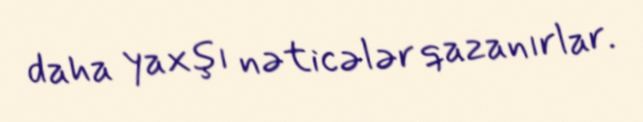
daha yaxşı nəticələr qazanırlar.